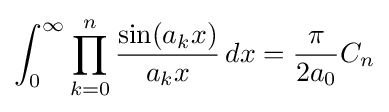
\int _{0}^{\infty }\prod _{k=0}^{n}{\frac {\sin(a_{k}x)}{a_{k}x}}\,dx={\frac {\pi }{2a_{0}}}C_{n}